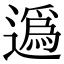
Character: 𨖿